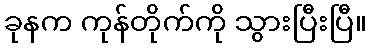
ခုနက ကုန်တိုက်ကို သွားပြီးပြီ။